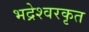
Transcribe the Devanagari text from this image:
भद्रेश्वरकृत